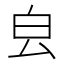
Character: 㿝